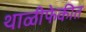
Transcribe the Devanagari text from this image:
थाळीफेकीत